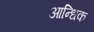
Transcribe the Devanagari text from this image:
आन्धिक